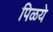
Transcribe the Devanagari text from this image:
पिळये